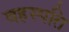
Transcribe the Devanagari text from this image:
वहस्पति